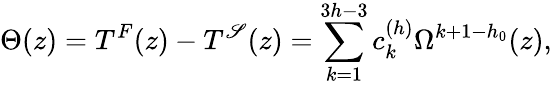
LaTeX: \Theta(z)=T^{F}(z)-T^{\mathscr{S}}(z)=\sum_{k=1}^{3h-3}c_{k}^{(h)}\Omega^{k+1-h_{0}}(z),